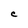
Character: C